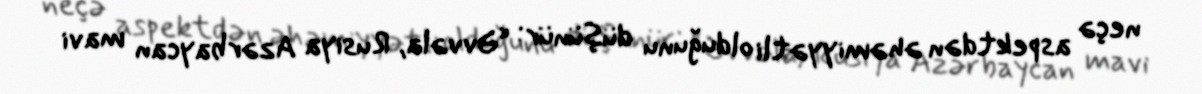
neçə aspektdən əhəmiyyətli olduğunu düşünür: “Əvvəla, Rusiya Azərbaycan mavi